Civil Veterinary Department Bengal reports 1923-33 - 1923-1933
Year: 1923
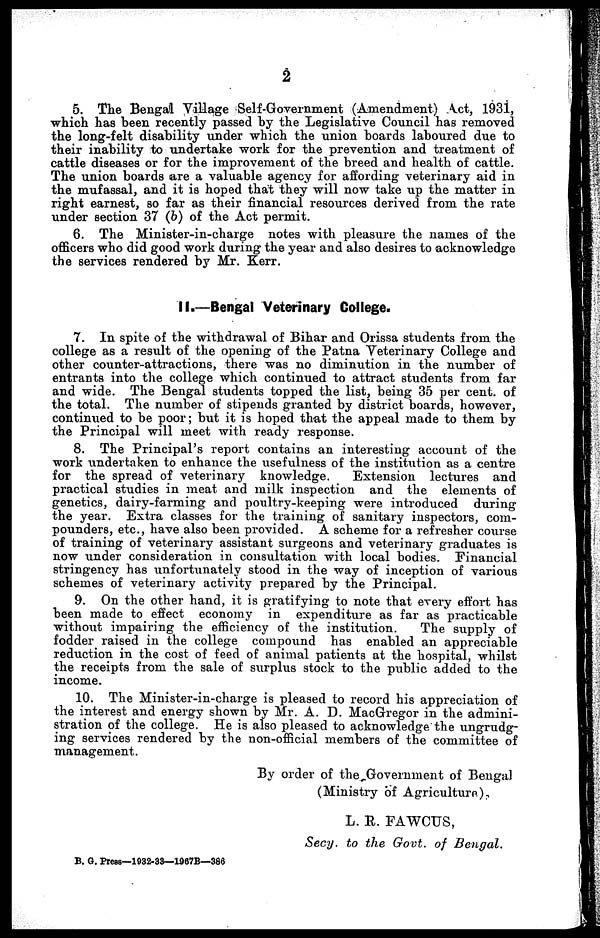
2
5. The Bengal Village Self-Government (Amendment) Act, 1931,
which has been recently passed by the Legislative Council has removed
the long-felt disability under which the union boards laboured due to
their inability to undertake work for the prevention and treatment of
cattle diseases or for the improvement of the breed and health of cattle.
The union boards are a valuable agency for affording veterinary aid in
the mufassal, and it is hoped that they will now take up the matter in
right earnest, so far as their financial resources derived from the rate
under section 37 (6) of the Act permit.
6. The Minister-in-charge notes with pleasure the names of the
officers who did good work during the year and also desires to acknowledge
the services rendered by Mr. Kerr.
II.—Bengal Veterinary College.
7. In spite of the withdrawal of Bihar and Orissa students from the
college as a result of the opening of the Patna Veterinary College and
other counter-attractions, there was no diminution in the number of
entrants into the college which continued to attract students from far
and wide. The Bengal students topped the list, being 35 per cent. of
the total. The number of stipends granted by district boards, however,
continued to be poor; but it is hoped that the appeal made to them by
the Principal will meet with ready response.
8. The Principal's report contains an interesting account of the
work undertaken to enhance the usefulness of the institution as a centre
for the spread of veterinary knowledge.
Extension lectures and
practical studies in meat and milk inspection and the elements of
genetics, dairy-farming and poultry-keeping were introduced during
the year. Extra classes for the training of sanitary inspectors, com-
pounders, etc., have also been provided. A scheme for a refresher course
of training of veterinary assistant surgeons and veterinary graduates is
now under consideration in consultation with local bodies. Financial
stringency has unfortunately stood in the way of inception of various
schemes of veterinary activity prepared by the Principal.
9. On the other hand, it is gratifying to note that every effort has
been made to effect economy in expenditure as far as practicable
without impairing the efficiency of the institution.
The supply of
fodder raised in the college compound has enabled an appreciable
reduction in the cost of feed of animal patients at the hospital, whilst
the receipts from the sale of surplus stock to the public added to the
income.
10. The Minister-in-charge is pleased to record his appreciation of
the interest and energy shown by Mr. A. D. MacGregor in the admini-
stration of the college. He is also pleased to acknowledge the ungrudg-
ing services rendered by the non-official members of the committee of
management.
By order of the Government of Bengal
(Ministry of Agriculture).
L. R. FAWCUS,
Secy. to the Govt. of Bengal.
B. G. Press—1932-33—1967B—386